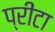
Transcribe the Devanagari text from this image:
प्रीटा